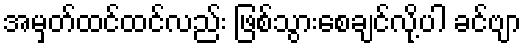
အမှတ်ထင်ထင်လည်း ဖြစ်သွားစေချင်လို့ပါ ခင်ဗျာ